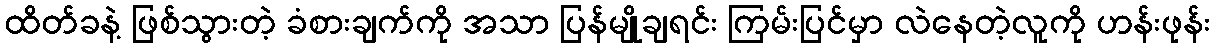
ထိတ်ခနဲ့ ဖြစ်သွားတဲ့ ခံစားချက်ကို အသာ ပြန်မျိုချရင်း ကြမ်းပြင်မှာ လဲနေတဲ့လူကို ဟန်းဖုန်း